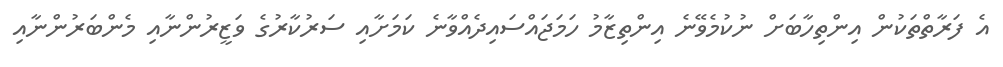
އެ ފަރާތްތަކުން އިންތިހާބަށް ނުކުމެވޭނެ އިންތިޒާމު ހަމަޖައްސައިދެއްވާނެ ކަމަށާއި ސަރުކާރުގެ ވަޒީރުންނާއި މެންބަރުންނާއި